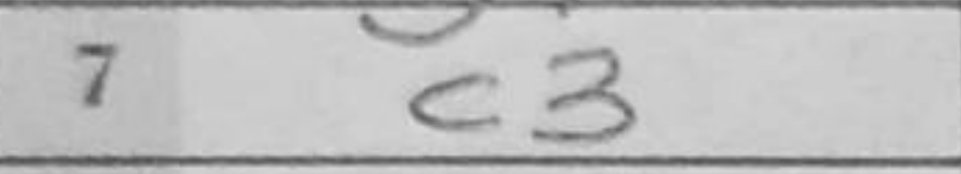
Transcription: c3